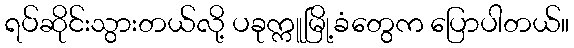
ရပ်ဆိုင်းသွားတယ်လို့ ပခုက္ကူမြို့ခံတွေက ပြောပါတယ်။